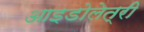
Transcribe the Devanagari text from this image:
आइडोलेत्री